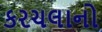
કરચલાનો